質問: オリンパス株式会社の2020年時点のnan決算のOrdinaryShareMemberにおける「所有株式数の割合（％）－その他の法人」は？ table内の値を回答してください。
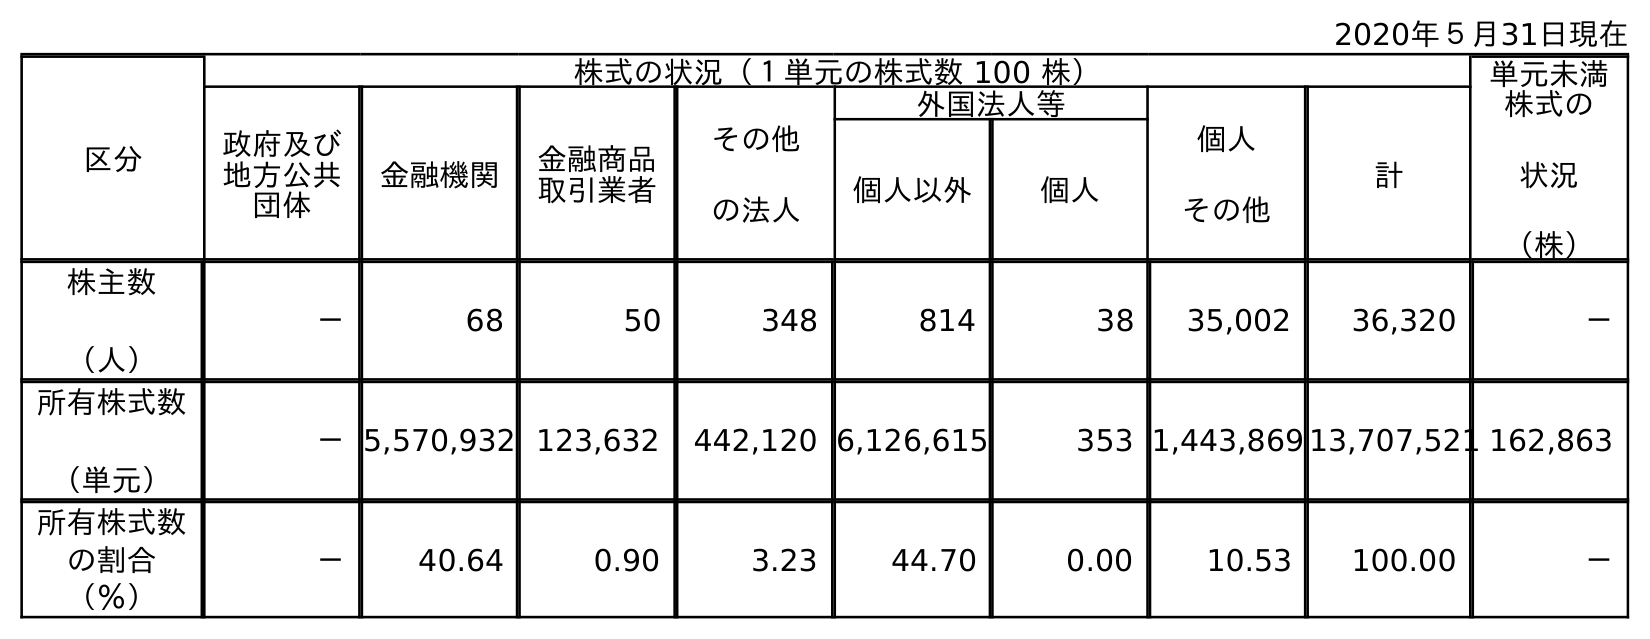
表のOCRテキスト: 2020年５月31日現在 区分 株式の状況（１単元の株式数 100 株） 単元未満 株式の 状況 （株） 政府及び 地方公共 団体 金融機関 金融商品 取引業者 その他 の法人 外国法人等 個人 その他 計 個人以外 個人 株主数 （人） － 68 50 348 814 38 35,002 36,320 － 所有株式数 （単元） －5,570,932 123,632 442,120 6,126,615 353 1,443,869 13,707,521 162,863 所有株式数 の割合 （％） － 40.64 0.90 3.23 44.70 0.00 10.53 100.00 －
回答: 3.23